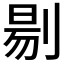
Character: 𭃶